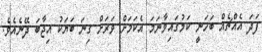
ފަދަ އެއްޗެއް ބަހަނީ ކަމުގައިވާނަމަ އެކަމަށް ވަރަށް ގިނަ ބަޔަކު އިޖާބަ ދޭނެއެވެ.